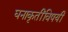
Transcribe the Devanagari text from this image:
घनाकृतींविषयीं